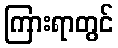
ကြားရာတွင်